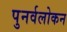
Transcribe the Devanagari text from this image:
पुनर्वलोकन